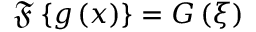
\mathfrak { F } \left\{ g \left( x \right) \right\} = G \left( \xi \right)